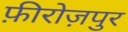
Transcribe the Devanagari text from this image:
फ़ीरोज़पुर